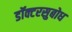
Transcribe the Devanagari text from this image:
डॉक्टरसुबोध